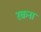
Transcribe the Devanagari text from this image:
रकना